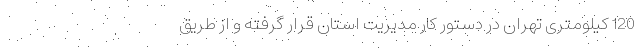
120 کیلومتری تهران در دستور کار مدیریت استان قرار گرفته و از طریق